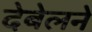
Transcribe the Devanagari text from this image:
देबेलने